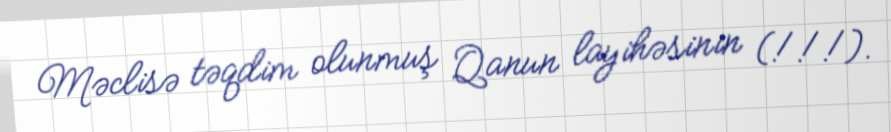
Məclisə təqdim olunmuş Qanun layihəsinin (!!!).